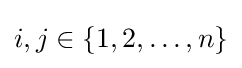
i,j\in \{1,2,\dots ,n\}